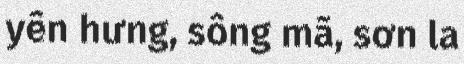
yên hưng, sông mã, sơn la